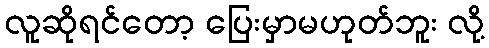
လူဆိုရင်တော့ ပြေးမှာမဟုတ်ဘူး လို့